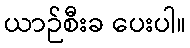
ယာဉ်စီးခ ပေးပါ။